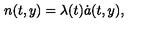
n ( t , y ) = \lambda ( t ) \dot { a } ( t , y ) ,